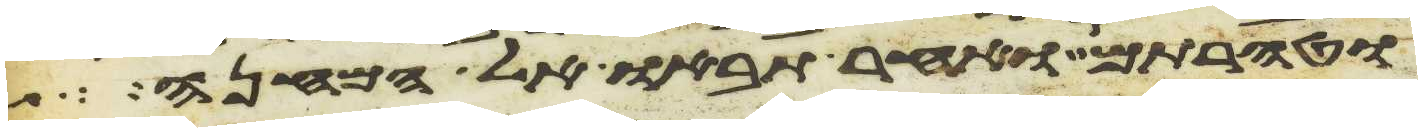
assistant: וטהרתם ואחר תבאו אל המחנה